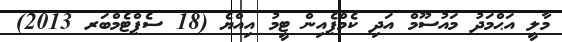
މާލީ އަޙްމަދު މައުސޫމް އަދި ކެމްޕެއިން ޓީމު އިިއްޔެ (18 ސެޕްޓެމްބަރ 2013)